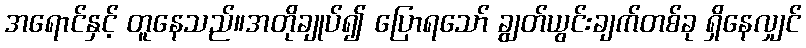
အရောင်နှင့် တူနေသည်။အတိုချုပ်၍ ပြောရသော် ချွတ်ယွင်းချက်တစ်ခု ရှိနေလျှင်